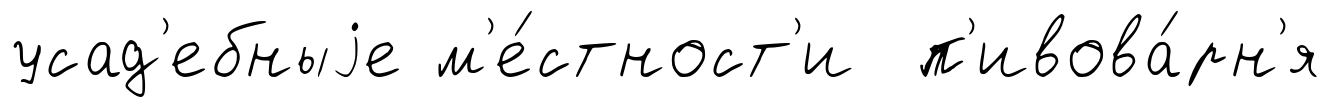
усад'ебныjе м'е́стност'и п'ивова́рн'я